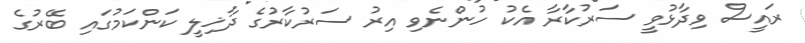
ރައީސް ވިދާޅުވީ ސަރުކާރާ އެކު ހުންނެވި އިރު ސަރުކާރުގެ ދާޚިލީ ކަންކަމުގައި ބޭރުގެ